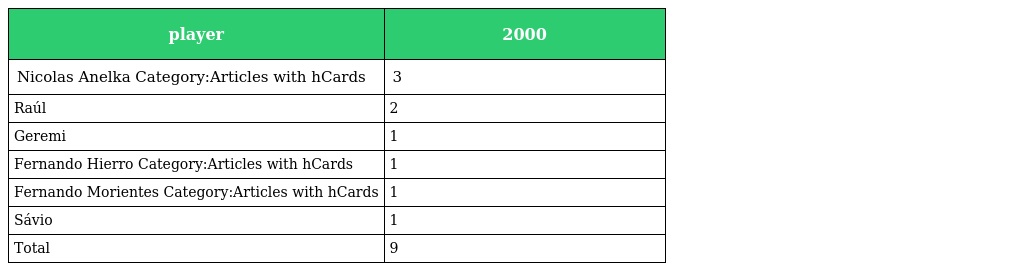
| player | 2000 |
 | --- | --- |
 | Nicolas Anelka Category:Articles with hCards | 3 |
 | Raúl | 2 |
 | Geremi | 1 |
 | Fernando Hierro Category:Articles with hCards | 1 |
 | Fernando Morientes Category:Articles with hCards | 1 |
 | Sávio | 1 |
 | Total | 9 |